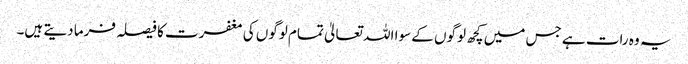
یہ وہ رات ہے جس میں کچھ لوگوں کے سوا اللہ تعالیٰ تمام لوگوں کی مغفرت کا فیصلہ فرما دیتے ہیں۔